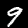
Label: 9